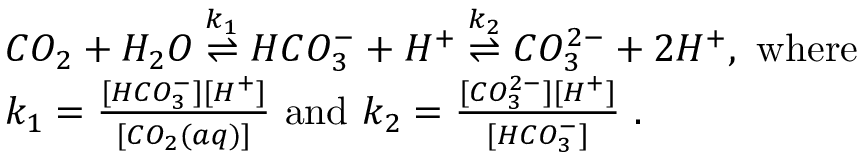
\begin{array} { r l } & { C O _ { 2 } + H _ { 2 } O \overset { k _ { 1 } } { \rightleftharpoons } H C O _ { 3 } ^ { - } + H ^ { + } \overset { k _ { 2 } } { \rightleftharpoons } C O _ { 3 } ^ { 2 - } + 2 H ^ { + } , \mathrm { ~ w h e r e ~ } } \\ & { k _ { 1 } = \frac { [ H C O _ { 3 } ^ { - } ] [ H ^ { + } ] } { [ C O _ { 2 } ( a q ) ] } \mathrm { ~ a n d ~ } k _ { 2 } = \frac { [ C O _ { 3 } ^ { 2 - } ] [ H ^ { + } ] } { [ H C O _ { 3 } ^ { - } ] } \mathrm { ~ . } } \end{array}